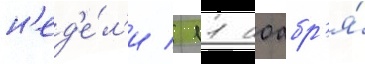
н'ед'е́л'и / 11 ноабр'я́